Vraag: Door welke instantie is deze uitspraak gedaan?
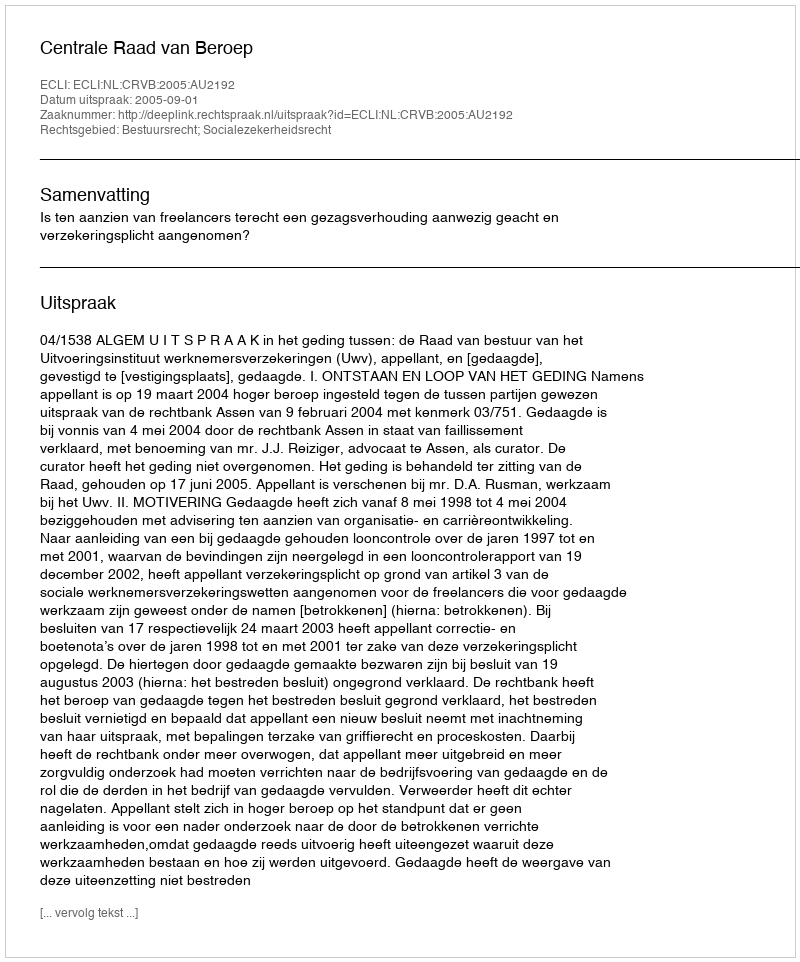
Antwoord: Centrale Raad van Beroep